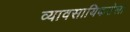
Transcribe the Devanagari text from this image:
व्यावसायिकतेला